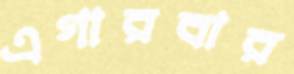
এগারবার